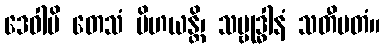
ဒေဝါပိ တေသံ ပိဟယန္တိ၊ သမ္ဗုဒ္ဓါနံ သတီမတံ။